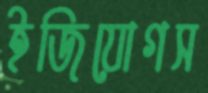
ইজিযোগস